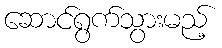
ဆောင်ရွက်သွားမည့်